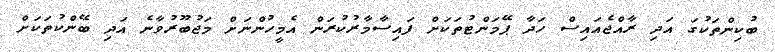
ބުކިންތަކުގަ އަދި ރާއްޖެއައިސް ހަދާ ޕޭމަންޓުތަކަށް ފައިސާމާރުކުރަން އެމީހުންނަށް މަޖުބޫރުވާނެ އަދި ބޭންކުތަކަށް